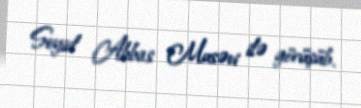
Seyid Abbas Musəvi ilə görüşüb.